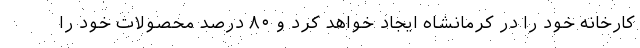
کارخانه خود را در کرمانشاه ایجاد خواهد کرد و ۸۰ درصد محصولات خود را